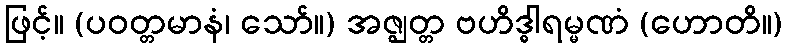
ဖြင့်။ (ပဝတ္တမာနံ၊ သော်။) အဇ္ဈတ္တ ဗဟိဒ္ဓါရမ္မဏံ (ဟောတိ။)